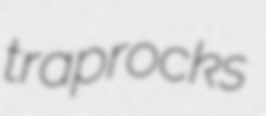
traprocks